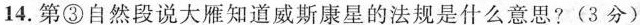
14.第③自然段说大雁知道威斯康星的法规是什么意思?(3分)